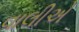
વાલીએ